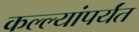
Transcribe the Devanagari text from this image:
कल्ल्यांपर्यंत